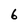
Character: 6